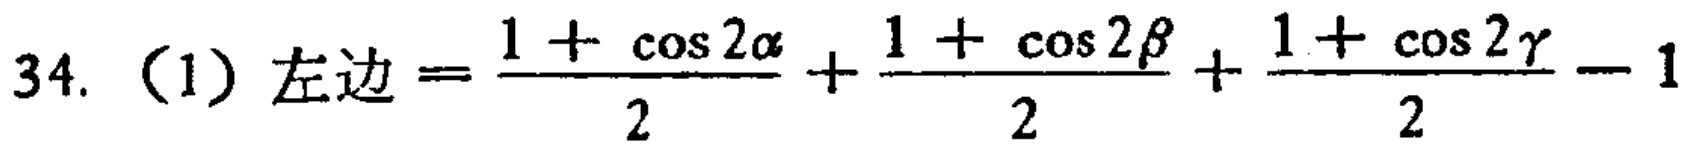
34. （1）左边=\(\frac{1 + \cos 2\alpha}{2}+\frac{1 + \cos 2\beta}{2}+\frac{1 + \cos 2\gamma}{2}-1\)